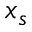
x _ { s }